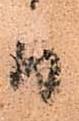
日